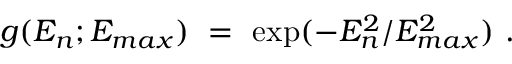
g ( E _ { n } ; E _ { m a x } ) \ = \ \exp ( - E _ { n } ^ { 2 } / E _ { m a x } ^ { 2 } ) \, \, .